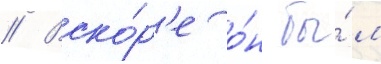
// Вско́р'е о́н бы́л